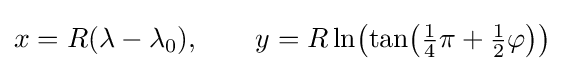
x=R(\lambda -\lambda _{0}),\qquad y=R\,{\ln }{\bigl (}{\tan }{\bigl (}{\tfrac {1}{4}}\pi +{\tfrac {1}{2}}\varphi {\bigr )}{\bigr )}